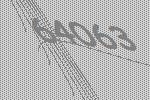
64063